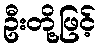
ဦးတို့ဖြင့်